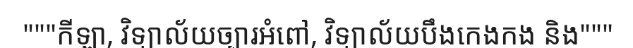
"""កីឡា, វិទ្យាល័យច្បារអំពៅ, វិទ្យាល័យបឹងកេងកង និង"""